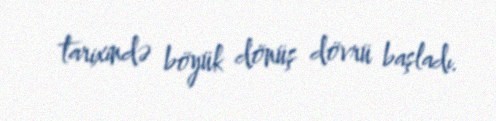
tarixində böyük dönüş dövrü başladı.